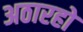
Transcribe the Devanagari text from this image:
अठारहो